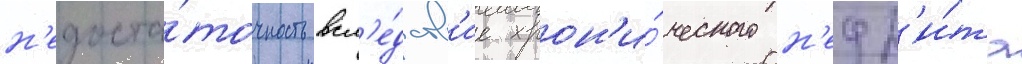
н'едоста́точность всл'е́дств'ие хрон'и́ческого н'ефр'и́та